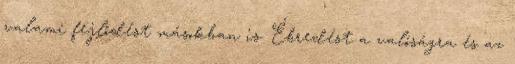
valami fejlődést másokban is. Ébredést a valóságra és az